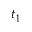
t _ { 1 }